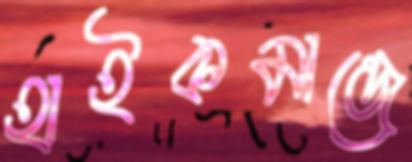
হাইকমান্ডে